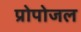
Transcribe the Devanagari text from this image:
प्रोपोजल